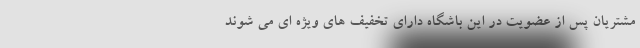
مشتریان پس از عضویت در این باشگاه دارای تخفیف های ویژه ای می شوند